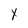
Character: Y